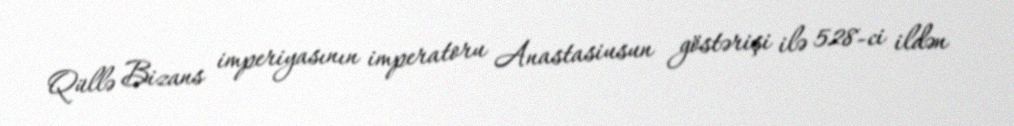
Qüllə Bizans imperiyasının imperatoru Anastasiusun göstərişi ilə 528-ci ildən